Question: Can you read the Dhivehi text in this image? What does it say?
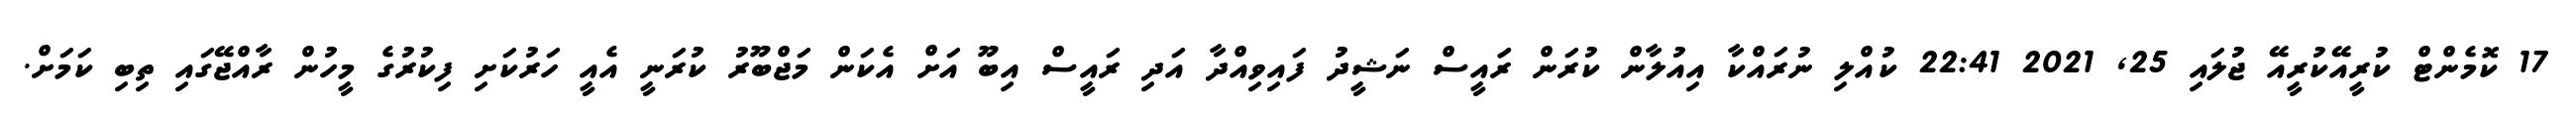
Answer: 17 ކޮމެންޓް ކުރީއޭކުރީއޭ ޖުލައި 25, 2021 22:41 ކުއްލި ނުރައްކާ އިއުލާން ކުރަން ރަައީސް ނަޝީދު ފައިވިއްދާ އަދި ރައީސް އިބޫ އަށް އެކަން މަޖްބޫރު ކުރަނީ އެއީ ހަރުކަށި ފިކުރުގެ މީހުން ރާއްޖޭގައި ތިބި ކަމަށް.